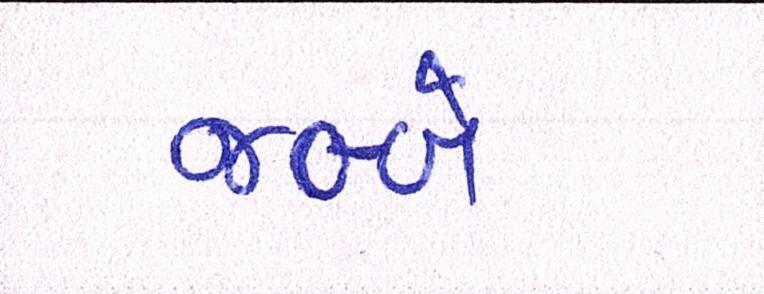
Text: જબ્બે